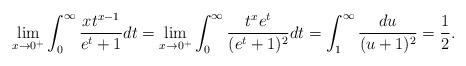
LaTeX: \begin{align*} \lim_{x\to0^+}\int_0^\infty\frac{xt^{x-1}}{e^t+1} dt = \lim_{x\to0^+}\int_0^\infty\frac{t^xe^t}{(e^t+1)^2} dt =\int_1^\infty\frac{du}{(u+1)^2}=\frac{1}{2}.\end{align*}